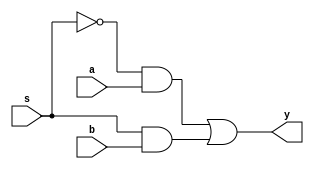
module mux2(       
   input a,b,s,    
   output wire y //  y = s'a + sb
);
    wire aw, bw, ns;
    // Implement the multiplexer y = s'a + sb
    not (ns, s);
    and (aw, ns, a);
    and (bw, s, b);
    or  (y, aw, bw);
endmodule